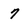
Character: 7